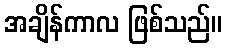
အချိန်ကာလ ဖြစ်သည်။